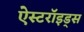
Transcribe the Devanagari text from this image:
ऐस्टरॉइड्स